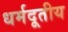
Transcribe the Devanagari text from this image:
धर्मदूतीय